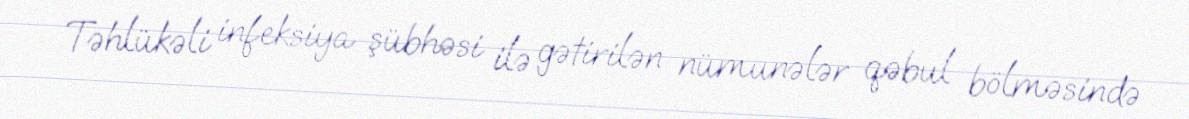
Təhlükəli infeksiya şübhəsi ilə gətirilən nümunələr qəbul bölməsində